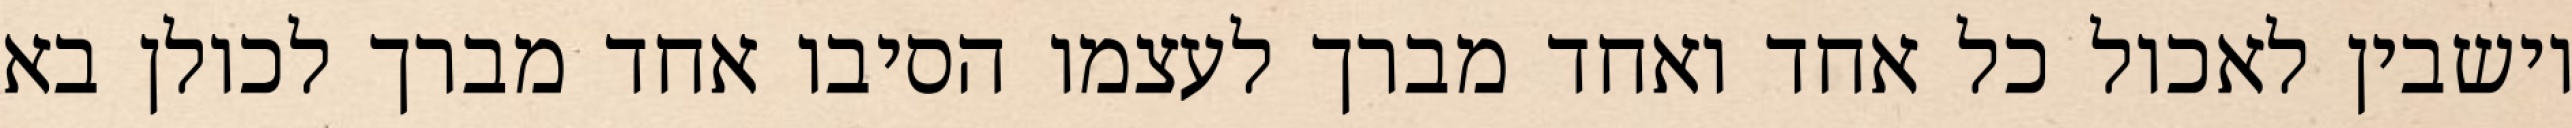
יושבין לאכול כל אחד ואחד מברך לעצמו הסיבו אחד מברך לכולן בא